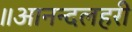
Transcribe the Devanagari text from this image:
॥आनन्दलहरी